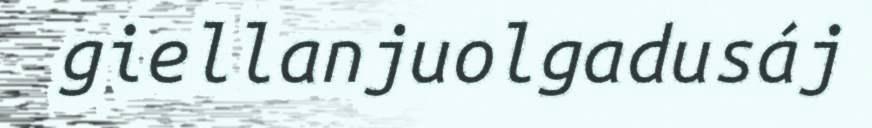
giellanjuolgadusáj